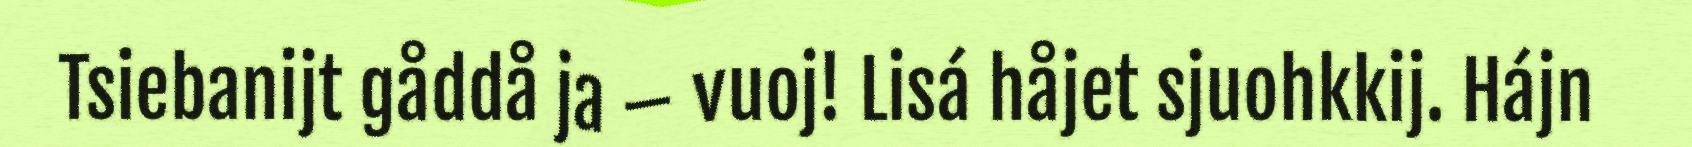
Tsiebanijt gåddå ja – vuoj! Lisá håjet sjuohkkij. Hájn